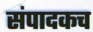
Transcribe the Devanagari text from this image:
संपादकच